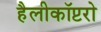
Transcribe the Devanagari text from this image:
हैलीकॉप्टरो